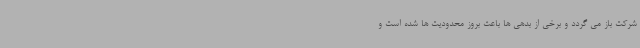
شرکت باز می گردد و برخی از بدهی ها باعث بروز محدودیت ها شده است و